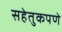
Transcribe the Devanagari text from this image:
सहेतुकपणे